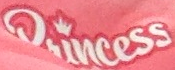
Princess